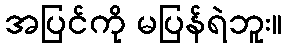
အပြင်ကို မပြန်ရဲဘူး။